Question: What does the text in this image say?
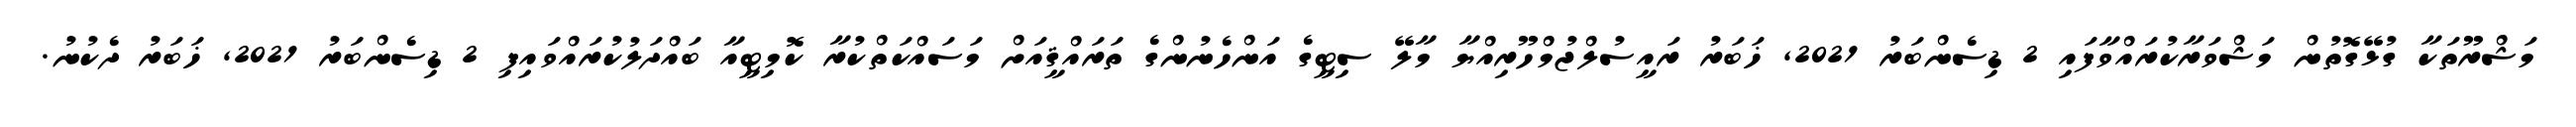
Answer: މަޝްރޫތަކާ ގުޅޭގޮތުން މަޝްވަރާކުރައްވާފައި 2 ޑިސެންބަރު 2021, ޚަބަރު ރައީސުލްޖުމްހޫރިއްޔާ މާލޭ ސިޓީގެ އަންހެނުންގެ ތަރައްޤީއަށް މަސައްކަތްކުރާ ކޮމިޓީއާ ބައްދަލުކުރައްވައިފި 2 ޑިސެންބަރު 2021, ޚަބަރު ދެކުނު.